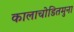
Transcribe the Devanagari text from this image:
कालाचोडितमुना